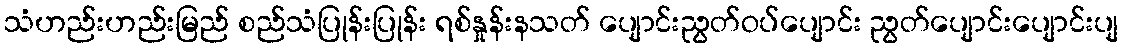
သံဟည်းဟည်းမြည် စည်သံပြုန်းပြုန်း ရစ်နှုန်းနသတ် ပျောင်းညွတ်ဝပ်ပျောင်း ညွတ်ပျောင်းပျောင်းပျ